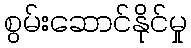
စွမ်းဆောင်နိုင်မှု